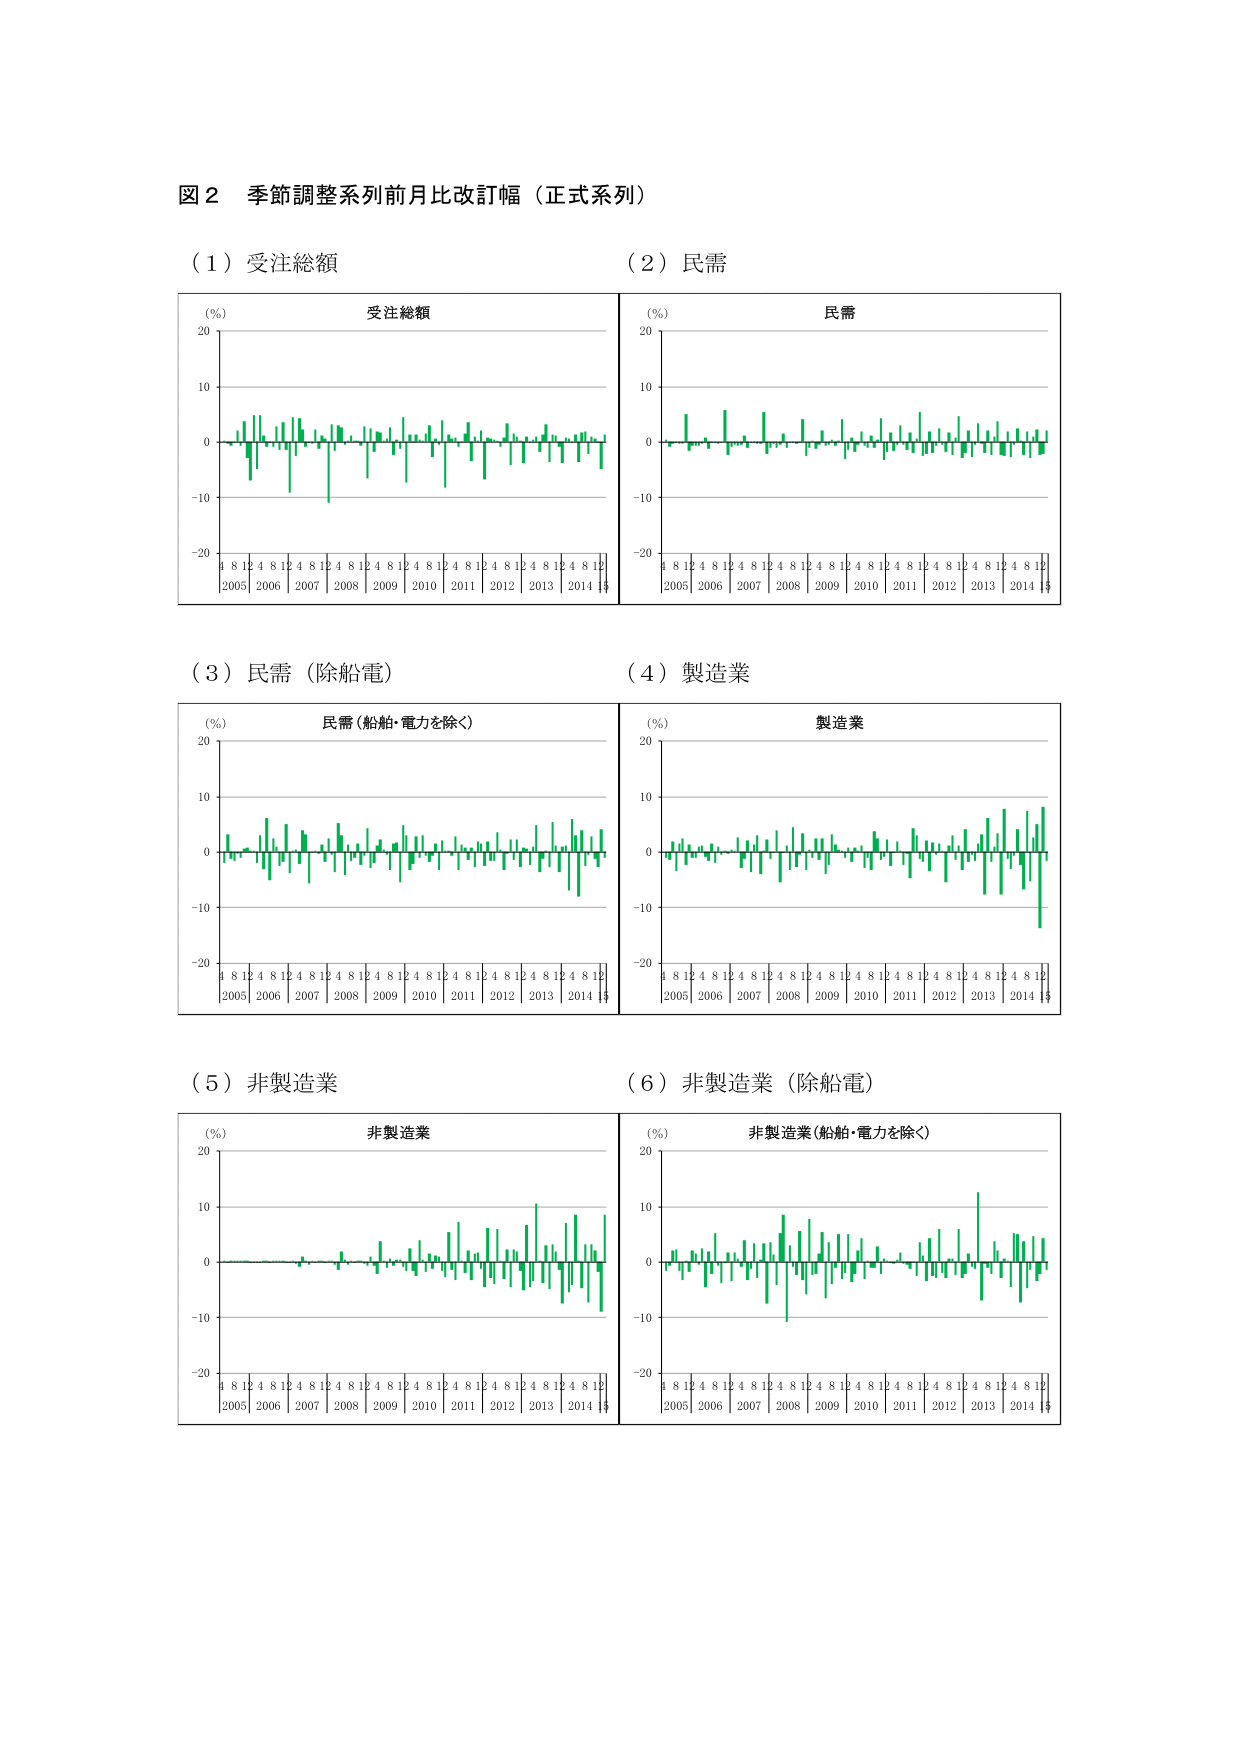
図２ 季節調整系列前月比改訂幅（正式系列）

（１）受注総額
（％）
受注総額
20
10
0
-10
-20
4 8 12 4 8 12 4 8 12 4 8 12 4 8 12 4 8 12 4 8 12 4 8 12 4 8 12 4 8 12
2005 2006 2007 2008 2009 2010 2011 2012 2013 2014

（２）民需
（％）
民需
20
10
0
-10
-20
4 8 12 4 8 12 4 8 12 4 8 12 4 8 12 4 8 12 4 8 12 4 8 12 4 8 12 4 8 12
2005 2006 2007 2008 2009 2010 2011 2012 2013 2014

（３）民需（除船電）
（％）
民需（船舶・電力を除く）
20
10
0
-10
-20
4 8 12 4 8 12 4 8 12 4 8 12 4 8 12 4 8 12 4 8 12 4 8 12 4 8 12 4 8 12
2005 2006 2007 2008 2009 2010 2011 2012 2013 2014

（４）製造業
（％）
製造業
20
10
0
-10
-20
4 8 12 4 8 12 4 8 12 4 8 12 4 8 12 4 8 12 4 8 12 4 8 12 4 8 12 4 8 12
2005 2006 2007 2008 2009 2010 2011 2012 2013 2014

（５）非製造業
（％）
非製造業
20
10
0
-10
-20
4 8 12 4 8 12 4 8 12 4 8 12 4 8 12 4 8 12 4 8 12 4 8 12 4 8 12 4 8 12
2005 2006 2007 2008 2009 2010 2011 2012 2013 2014

（６）非製造業（除船電）
（％）
非製造業（船舶・電力を除く）
20
10
0
-10
-20
4 8 12 4 8 12 4 8 12 4 8 12 4 8 12 4 8 12 4 8 12 4 8 12 4 8 12 4 8 12
2005 2006 2007 2008 2009 2010 2011 2012 2013 2014